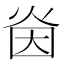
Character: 𭴜